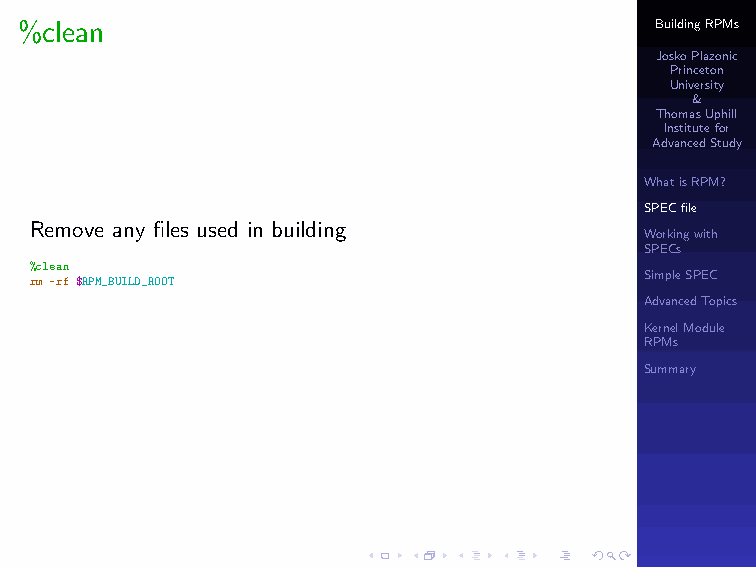
%clean                                    BuildingRPMs
 JoskoPlazonic
 Princeton
 University
 &
 ThomasUphill
 Institutefor
 AdvancedStudy
 WhatisRPM?
 SPECfile
 Remove any files used in building
 Workingwith
 SPECs
 %clean
 rm -rf $RPM_BUILD_ROOT                   SimpleSPEC
 AdvancedTopics
 KernelModule
 RPMs
 Summary